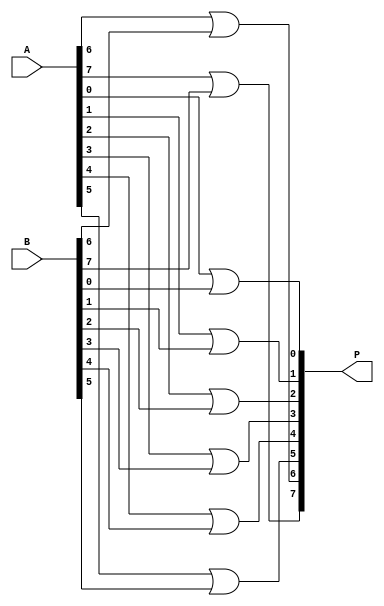
module P(P, A, B); 
    input [7:0] A, B; 
    output [7:0] P;
    or OR1(P[0], A[0], B[0]); 
    or OR2(P[1], A[1], B[1]); 
    or OR3(P[2], A[2], B[2]); 
    or OR4(P[3], A[3], B[3]); 
    or OR5(P[4], A[4], B[4]); 
    or OR6(P[5], A[5], B[5]); 
    or OR7(P[6], A[6], B[6]); 
    or OR8(P[7], A[7], B[7]); 
endmodule